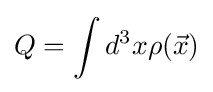
Q=\int d^{3}x\rho ({\vec {x}})